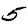
Digit: 5